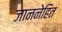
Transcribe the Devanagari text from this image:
जाननेहित